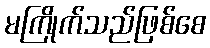
မကြိုက်သည်ဖြစ်စေ